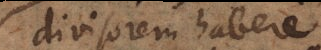
divisorem habere,